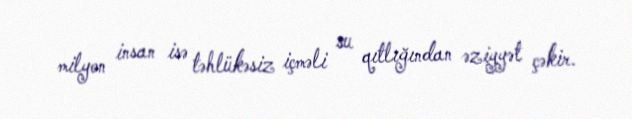
milyon insan isə təhlükəsiz içməli su qıtlığından əziyyət çəkir.